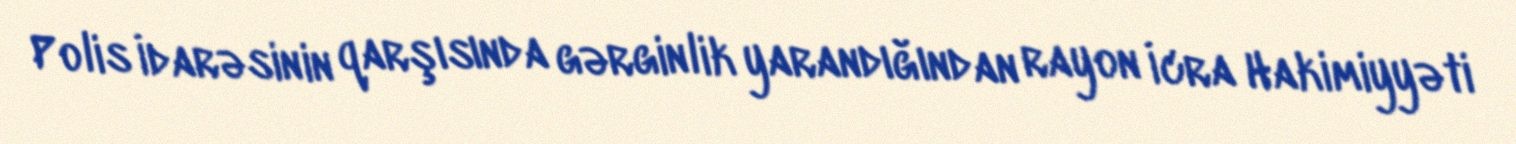
Polis İdarəsinin qarşısında gərginlik yarandığından rayon İcra Hakimiyyəti